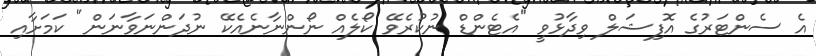
އެ ސެންޓަރުގެ އޮފިޝަލް ވިދާޅުވީ "އެޓެންޑް ނުކުރެވޭ ކޯލެއް ނޯންނާނެއެކޭ ނުދަންނަވާނަން" ކަމަށާއި